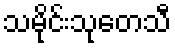
သမိုင်းသုတေသီ